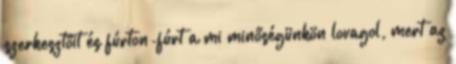
szerkesztőit és fúrton-fúrt a mi minőségünkön lovagol, mert az